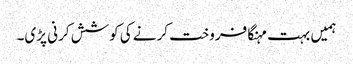
ہمیں بہت مہنگا فروخت کرنے کی کوشش کرنی پڑی۔